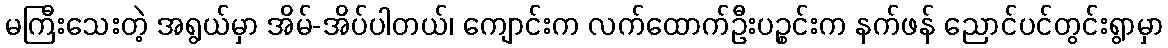
မကြီးသေးတဲ့ အရွယ်မှာ အိမ်-အိပ်ပါတယ်၊ ကျောင်းက လက်ထောက်ဦးပဉ္စင်းက နက်ဖန် ညောင်ပင်တွင်းရွာမှာ